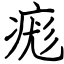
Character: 痝